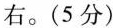
右。(5分)